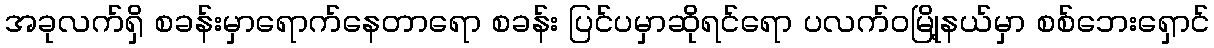
အခုလက်ရှိ စခန်းမှာရောက်နေတာရော စခန်း ပြင်ပမှာဆိုရင်ရော ပလက်ဝမြို့နယ်မှာ စစ်ဘေးရှောင်